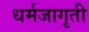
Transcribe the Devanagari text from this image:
धर्मजागृती